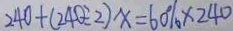
2 4 0 + ( 2 4 0 \div 2 ) x = 6 0 \% \times 2 4 0